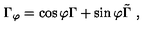
\Gamma _ { \varphi } = \cos \varphi \Gamma + \sin \varphi \tilde { \Gamma } \ ,